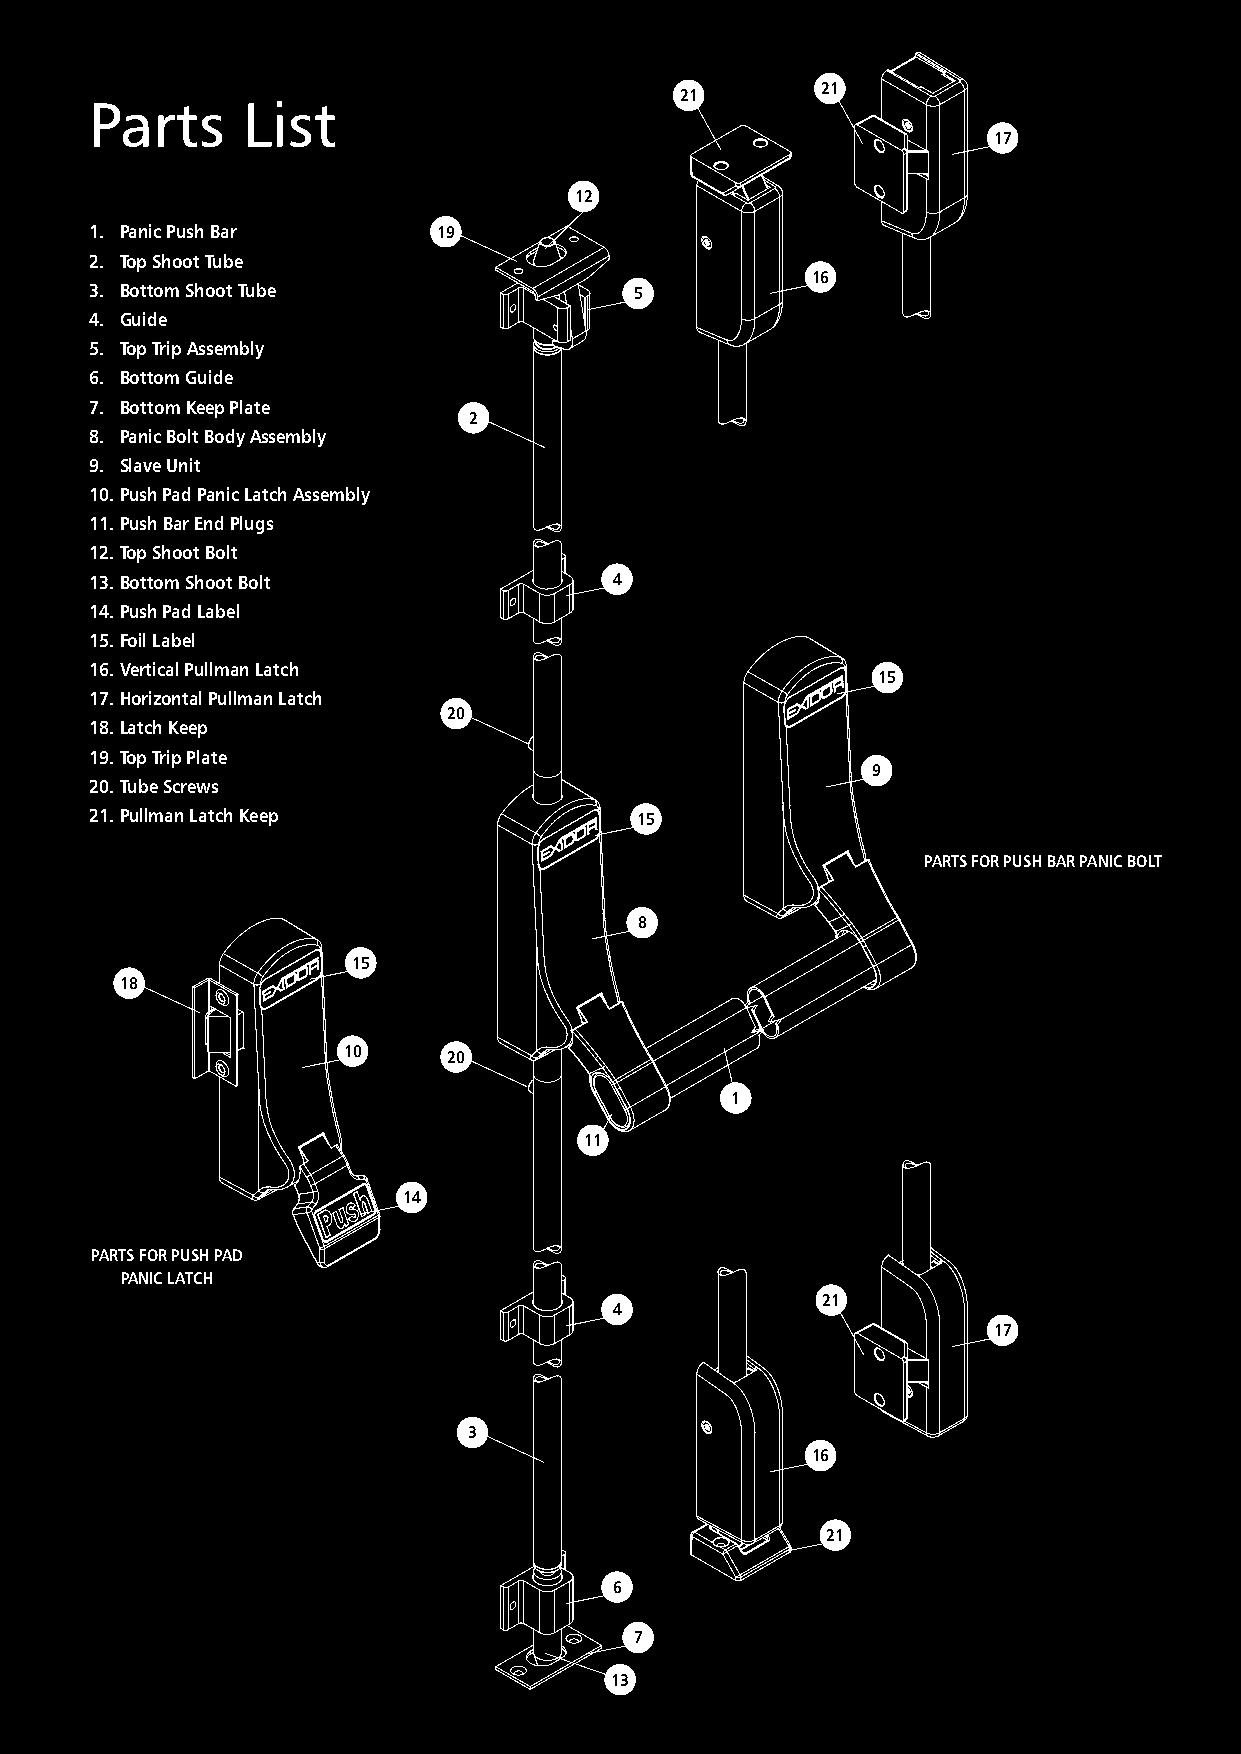
21
 21
 Parts     List
 17
 12
 1. Panic Push Bar      19
 2. Top Shoot Tube
 16
 3. Bottom Shoot Tube                5
 4. Guide
 5. Top Trip Assembly
 6. Bottom Guide
 7. Bottom Keep Plate
 2
 8. Panic Bolt Body Assembly
 9. Slave Unit
 10. Push Pad Panic Latch Assembly
 11. Push Bar End Plugs
 12. Top Shoot Bolt
 13. Bottom Shoot Bolt              4
 14. Push Pad Label
 15. Foil Label
 16. Vertical Pullman Latch
 15
 17. Horizontal Pullman Latch
 20
 18. Latch Keep
 19. Top Trip Plate
 9
 20. Tube Screws
 21. Pullman Latch Keep              15
 PARTS FOR PUSH BAR PANIC BOLT
 8
 15
 18
 10     20
 1
 11
 14
 PARTS FOR PUSH PAD
 PANIC LATCH
 21
 4
 17
 3
 16
 21
 6
 7
 13
 23